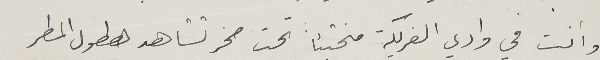
وأنت فى وادي الفريكة مختبئا تحت صخر تشاهد هطول المطر